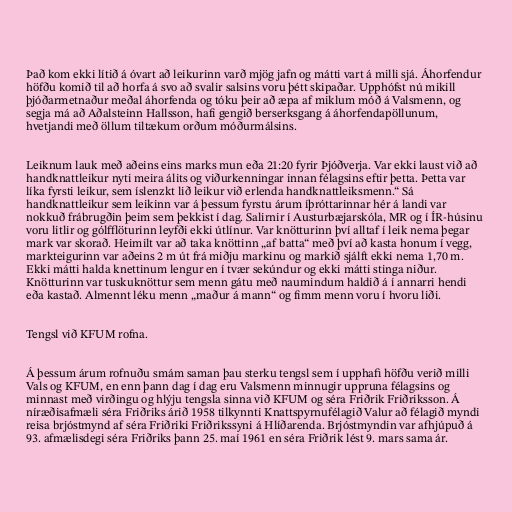
Það kom ekki lítið á óvart að leikurinn varð mjög jafn og mátti vart á milli sjá. Áhorfendur
höfðu komið til að horfa á svo að svalir salsins voru þétt skipaðar. Upphófst nú mikill
þjóðarmetnaður meðal áhorfenda og tóku þeir að æpa af miklum móð á Valsmenn, og
segja má að Aðalsteinn Hallsson, hafi gengið berserksgang á áhorfendapöllunum,
hvetjandi með öllum tiltækum orðum móðurmálsins.

Leiknum lauk með aðeins eins marks mun eða 21:20 fyrir Þjóðverja. Var ekki laust við að
handknattleikur nyti meira álits og viðurkenningar innan félagsins eftir þetta. Þetta var
líka fyrsti leikur, sem íslenzkt lið leikur við erlenda handknattleiksmenn.“ Sá
handknattleikur sem leikinn var á þessum fyrstu árum íþróttarinnar hér á landi var
nokkuð frábrugðin þeim sem þekkist í dag. Salirnir í Austurbæjarskóla, MR og í ÍR-húsinu
voru litlir og gólfflöturinn leyfði ekki útlínur. Var knötturinn því alltaf í leik nema þegar
mark var skorað. Heimilt var að taka knöttinn „af batta“ með því að kasta honum í vegg,
markteigurinn var aðeins 2 m út frá miðju markinu og markið sjálft ekki nema 1,70 m.
Ekki mátti halda knettinum lengur en í tvær sekúndur og ekki mátti stinga niður.
Knötturinn var tuskuknöttur sem menn gátu með naumindum haldið á í annarri hendi
eða kastað. Almennt léku menn „maður á mann“ og fimm menn voru í hvoru liði.

Tengsl við KFUM rofna.

Á þessum árum rofnuðu smám saman þau sterku tengsl sem í upphafi höfðu verið milli
Vals og KFUM, en enn þann dag í dag eru Valsmenn minnugir uppruna félagsins og
minnast með virðingu og hlýju tengsla sinna við KFUM og séra Friðrik Friðriksson. Á
níræðisafmæli séra Friðriks árið 1958 tilkynnti Knattspyrnufélagið Valur að félagið myndi
reisa brjóstmynd af séra Friðriki Friðrikssyni á Hlíðarenda. Brjóstmyndin var afhjúpuð á
93. afmælisdegi séra Friðriks þann 25. maí 1961 en séra Friðrik lést 9. mars sama ár.